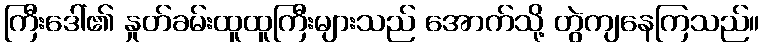
ကြီးဒေါ်၏ နှုတ်ခမ်းထူထူကြီးများသည် အောက်သို့ တွဲကျနေကြသည်။